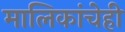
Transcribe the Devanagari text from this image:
मालिकांचेही